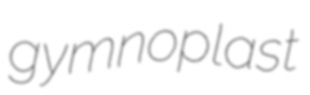
gymnoplast